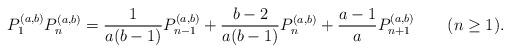
LaTeX: \begin{align*}P_1^{(a,b)}P_n^{(a,b)}= \frac{1}{a(b-1)}P_{n-1}^{(a,b)} + \frac{b-2}{a(b-1)} P_n^{(a,b)} +\frac{a-1}{ a }P_{n+1}^{(a,b)} \quad\quad(n\ge1) . \end{align*}